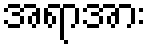
အရာအား